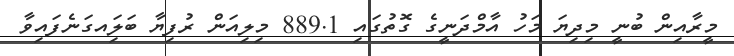
މީރާއިން ބުނީ މިދިޔަ މަހު އާމްދަނީގެ ގޮތުގައި 889.1 މިލިއަން ރުފިޔާ ބަލަިއގަނެފައިވާ